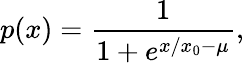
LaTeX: p(x)=\frac{1}{1+e^{x/x_{0}-\mu}},